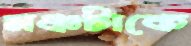
মঞ্চটাকে